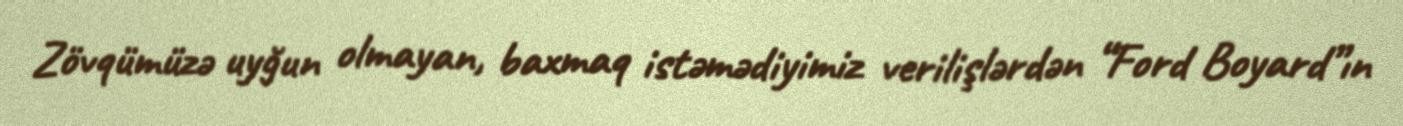
Zövqümüzə uyğun olmayan, baxmaq istəmədiyimiz verilişlərdən “Ford Boyard”ın